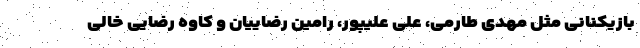
بازیکنانی مثل مهدی طارمی، علی علیپور، رامین رضاییان و کاوه رضایی خالی